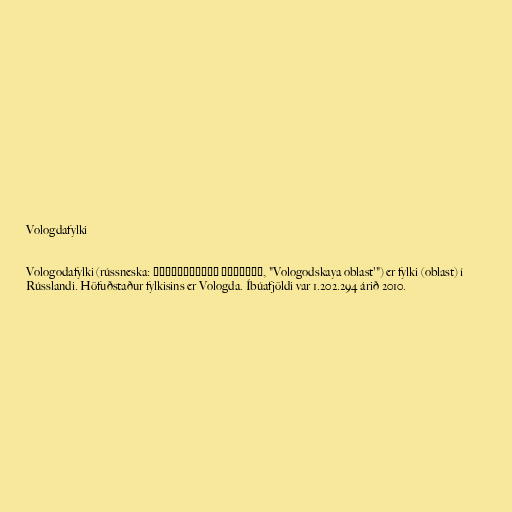
Vologdafylki

Vologodafylki (rússneska: Вологодская область, "Vologodskaya oblast'") er fylki (oblast) í
Rússlandi. Höfuðstaður fylkisins er Vologda. Íbúafjöldi var 1.202.294 árið 2010.